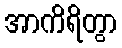
အာကိရိတွာ